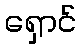
ရှောင်